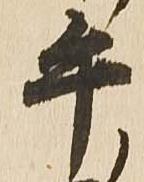
午